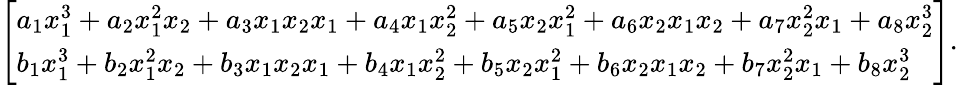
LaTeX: \left[\begin{array}{l}{a_{1}x_{1}^{3}+a_{2}x_{1}^{2}x_{2}+a_{3}x_{1}x_{2}x_{1}+a_{4}x_{1}x_{2}^{2}+a_{5}x_{2}x_{1}^{2}+a_{6}x_{2}x_{1}x_{2}+a_{7}x_{2}^{2}x_{1}+a_{8}x_{2}^{3}}\\ {b_{1}x_{1}^{3}+b_{2}x_{1}^{2}x_{2}+b_{3}x_{1}x_{2}x_{1}+b_{4}x_{1}x_{2}^{2}+b_{5}x_{2}x_{1}^{2}+b_{6}x_{2}x_{1}x_{2}+b_{7}x_{2}^{2}x_{1}+b_{8}x_{2}^{3}}\end{array}\right].